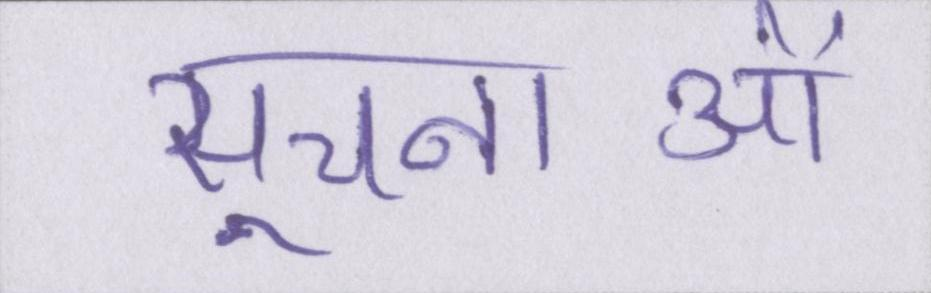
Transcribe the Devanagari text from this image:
सूचनाओं